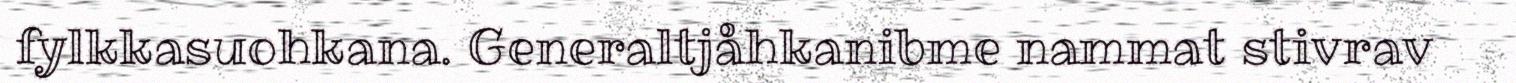
fylkkasuohkana. Generaltjåhkanibme nammat stivrav